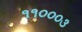
૧૧૦૦૦૩